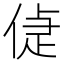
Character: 偼